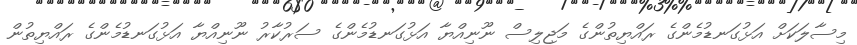
މިސާލަކަށް އަޅުގަނޑުމެންގެ ރައްޔިތުންގެ މަޖިލިސް ނޫނިއްޔާ އަޅުގަނޑުމެންގެ ސަރުކާރު ނޫނިއްޔާ އަޅުގަނޑުމެންގެ ރައްޔިތުން